Report on the administration of the Government Cinchona Department 1892-98
Year: 1892
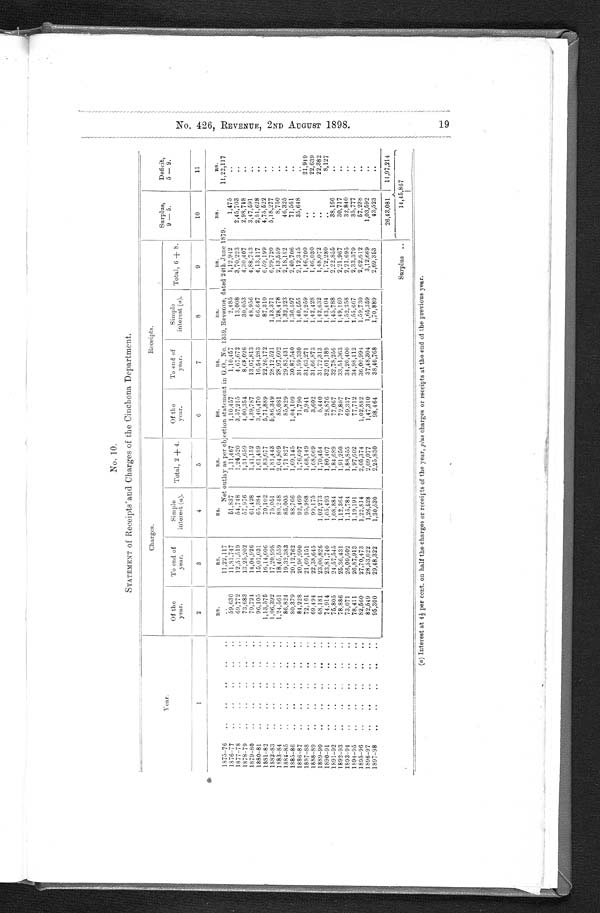
No. 10.
STATEMENT of Receipts and Charges of the Cinchona Department.
Year.
Charges.
Receipts.
Surplus,
9 . 5.
Deficit,
5 . 9.
Of the
year.
To end of
year.
Simple
interest (a).
Total, 2 + 4.
Of the
year.
To end of
year.
Simple
interest ( a ).
Total, 6 + 8.
1
2
3
4
5
6
7
8
9
10
11
RS.
RS.
RS.
R S .
R S .
R S .
R S .
R S . .
R S .
R S .
1875.76
..
..
..
..
..
11,22,117
Net outlay as per objection statement in G.O., No. 1339, Revenue, dated 24th June 1879.
11,22,117
1876.77
..
..
..
.
.
59,630
11,81,747
51,837
1,11,467
1,10,457
1,10,457
2,485
1,12,942
1,475
.
.
I877.78
..
..
..
..
..
69,772
12,51,519
54,748
1,24,520
3,57,215
4,67,672
13,008
3,70,223
2,45,703
1878.79
..
..
..
..
..
73,683
13,25,202
57,976
1,31,659
4,00,354
8,68,026
30,053
4,30,407
2,98,748
.
.
1879.80
..
..
..
..
..
79,724
14,04,926
61,428
1,41,152
4,39,787
13,07,813
48,956
4,88,743
3,47,591
1880.81
..
..
..
..
..
96,105
15,01,031
65,384
1,61,489
3,46,470
16,54,283
66,647
4,13,117
2,51,628
.
.
1881.82
.
..
..
..
..
1,13,575
16,14,606
70,102
1,83,677
5,71,889
22,26,172
87,310
6,59,199
4,75,522
1882.83
,.
..
..
..
„
1,06,392
17,20.998
75,051
1,81,443
5,86,349
28,12,521
1,13,371
6,99,720
5,18,277
1883.84
..
..
..
..
..
1,24,561
18,45,559
80,248
2,04,809
85,081
28,97,602
1,28,478
2,13,559
8,750
..
1884.85
..
..
„
..
..
86,824
19,32,383
85,003
1,71 827
85,829
29,83,431
1,32,323
2,18,152
46,325
..
1885.86
..
..
..
..
..
80,379
20,12,762
88,766
1,69,145
1,04,109
30,87,540
1,36,597
2,40,706
71,561
1886.87
..
. .
. .
. .
. .
20,96,990
92,469
1,76,697
71,790
31,59,330
1,40,555
2,12,345
35,648
.
.
1887.88
..
..
..
..
72,161
21,69,151
95,988
1,68,149
3,941
31,63,271
1,42,259
1,46,200
..
21,949
1888.89
..
..
..
..
..
69,494
22,38,645
99,175
1,68,669
3,602
31,66,873
1,42,428
1,46,030
. . 22,639
1889.90
..
..
..
..
..
68,181
23,06,826
1,02,273
1,70,454
5,440
31,72,313
1,42,632
1,48,072
..
22,382
1890.91
..
..
..
..
..
74,914
23,81,740
1,05,493
1,80,407
28,876
32,01,189
1,43,404
1,72,280
..
8,127
1891.92
..
..
..
..
..
75,805
24,57,545
1,08,884
1,84,689
77,067
32,78,256
1,45,788
2,22,855
38,166
..
1892.93
..
..
. .
...
78,886
25,36,431
1,12,364
1,91,250
72,807
33,51,063
1,49,160
2,21,967
30,717
..
1893.94
..
..
..
..
..
73,071
26,09,502
1,15,784
1,88,855
69,337
34,20,400
1,52,358
2,21.695
32,840
..
1894.95
..
..
..
..
„
78,411
26,87,913
1,19,191
1,97,602
77,712
34,98,112
1,55,667
2,33,379
35,777
..
1895.96
..
..
..
..
..
82,560
27,70,473
1,22,814
2,05,374
1,02,882
36,00,994
2,62,012
57,238
..
1896.97
. ,
..
..
..
..
82,549
28,53,022
1,26,528
2,09,077
1,47,310
37,48,304
1,65,359
3,12,669
1,03,592
1897.98
.
..
..
..
95,300
29,48,322
1,30,530
2,25,830
98,464
38,46,768
1,70,889
2,69,353
43,523
.
.
Surplus ..
26,43,081
11,97,214
14,45,867
(a ) Interest at. 4 1/2 per cent. on half the charges or receipts of the year, plus charges or receipts at the end of the previous year.